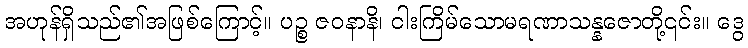
အဟုန်ရှိသည်၏အဖြစ်ကြောင့်။ ပဉ္စ ဇဝနာနိ၊ ငါးကြိမ်သောမရဏာသန္နဇောတို့၎င်း။ ဒွေ